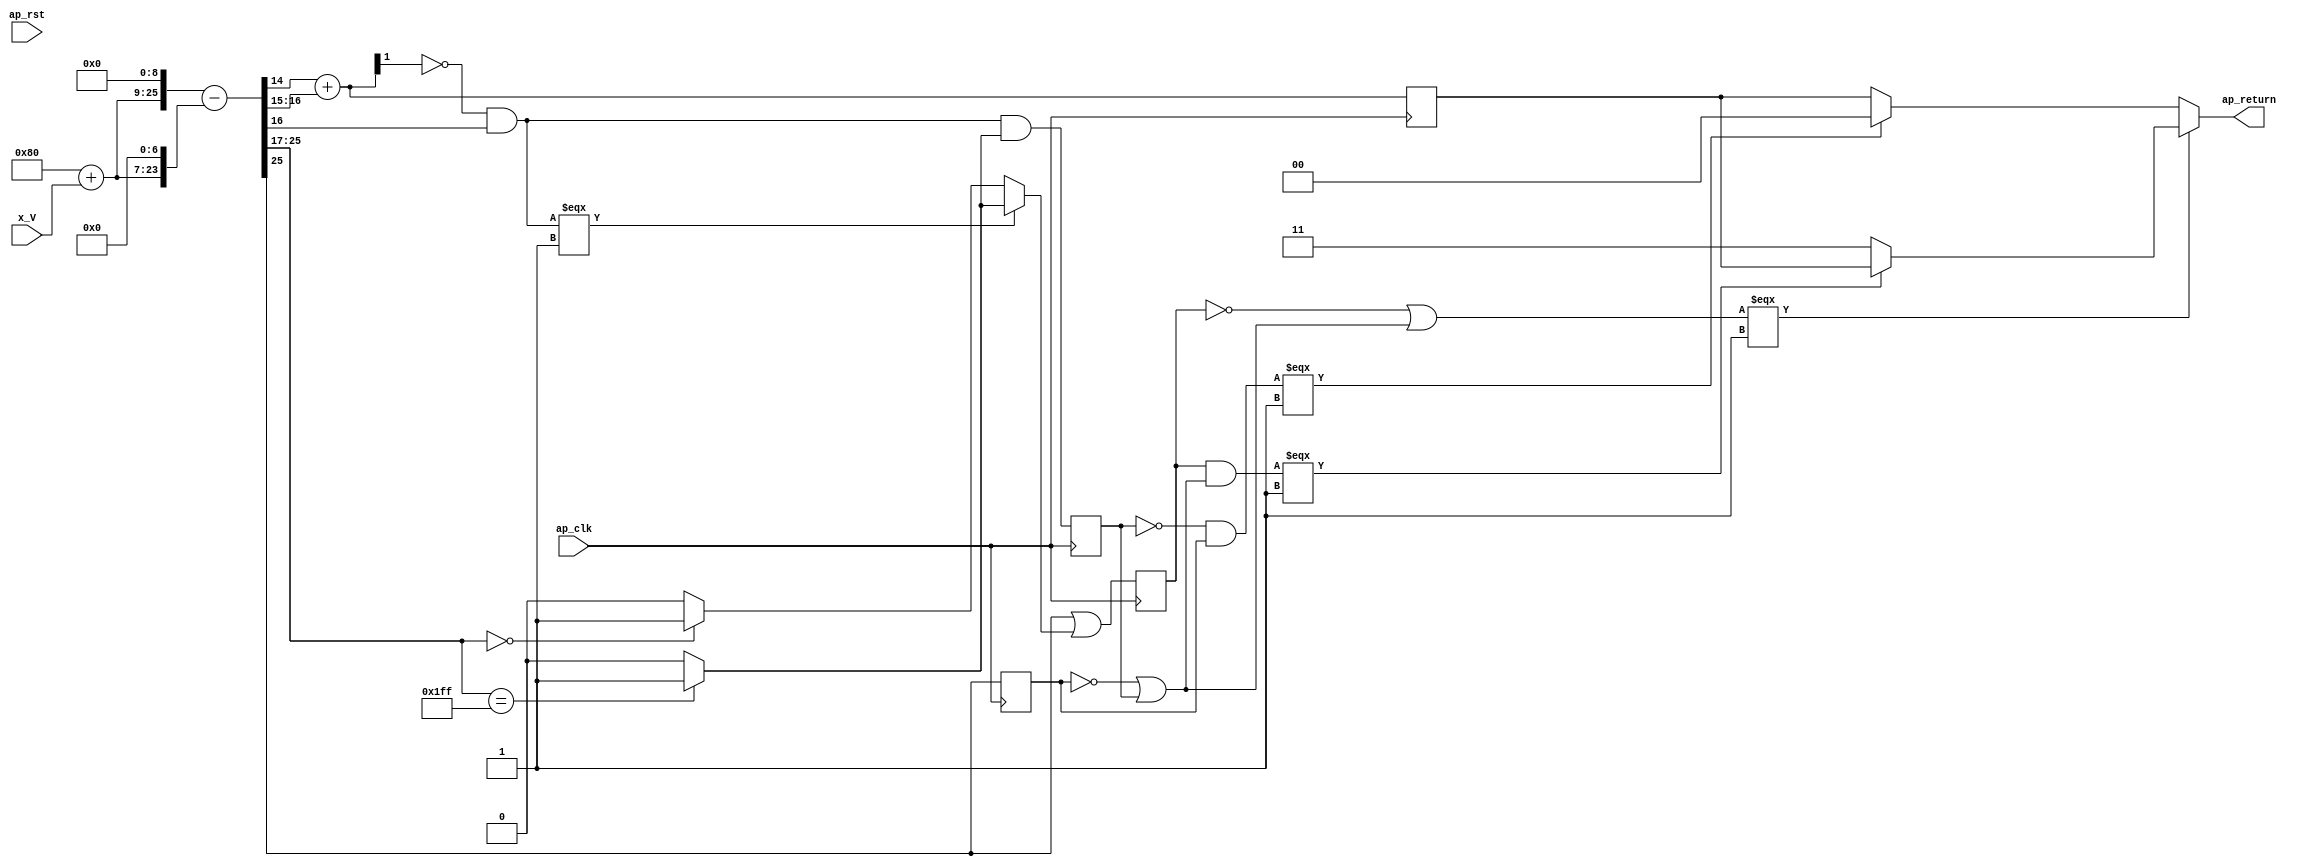
// ==============================================================
// RTL generated by Vivado(TM) HLS - High-Level Synthesis from C, C++ and OpenCL
// Version: 2019.2
// Copyright (C) 1986-2019 Xilinx, Inc. All Rights Reserved.
// 
// ===========================================================

`timescale 1 ns / 1 ps 

module to2bit (
        ap_clk,
        ap_rst,
        x_V,
        ap_return
);


input   ap_clk;
input   ap_rst;
input  [15:0] x_V;
output  [1:0] ap_return;

wire   [0:0] p_Result_s_fu_84_p3;
reg   [0:0] p_Result_s_reg_248;
wire    ap_block_state1_pp0_stage0_iter0;
wire    ap_block_state2_pp0_stage0_iter1;
wire    ap_block_pp0_stage0_11001;
wire   [1:0] temp_V_1_fu_122_p2;
reg   [1:0] temp_V_1_reg_254;
wire   [0:0] and_ln781_fu_178_p2;
reg   [0:0] and_ln781_reg_260;
wire   [0:0] or_ln785_fu_184_p2;
reg   [0:0] or_ln785_reg_266;
wire    ap_block_pp0_stage0;
wire  signed [16:0] sext_ln703_fu_48_p1;
wire   [16:0] ret_V_fu_52_p2;
wire   [23:0] shl_ln1118_1_fu_66_p3;
wire   [25:0] shl_ln_fu_58_p3;
wire  signed [25:0] sext_ln1118_fu_74_p1;
wire   [25:0] r_V_fu_78_p2;
wire   [0:0] tmp_3_fu_110_p3;
wire   [1:0] zext_ln415_fu_118_p1;
wire   [1:0] temp_V_fu_92_p4;
wire   [0:0] tmp_4_fu_128_p3;
wire   [0:0] p_Result_1_fu_102_p3;
wire   [0:0] xor_ln416_fu_136_p2;
wire   [8:0] tmp_fu_148_p4;
wire   [0:0] carry_1_fu_142_p2;
wire   [0:0] Range1_all_ones_fu_158_p2;
wire   [0:0] Range1_all_zeros_fu_164_p2;
wire   [0:0] deleted_zeros_fu_170_p3;
wire   [0:0] xor_ln781_fu_190_p2;
wire   [0:0] xor_ln340_fu_205_p2;
wire   [0:0] or_ln340_1_fu_210_p2;
wire   [0:0] overflow_fu_200_p2;
wire   [0:0] and_ln340_fu_215_p2;
wire   [0:0] neg_src_fu_195_p2;
wire   [0:0] or_ln340_fu_220_p2;
wire   [1:0] select_ln340_fu_226_p3;
wire   [1:0] select_ln396_fu_233_p3;

always @ (posedge ap_clk) begin
    if ((1'b0 == ap_block_pp0_stage0_11001)) begin
        and_ln781_reg_260 <= and_ln781_fu_178_p2;
        or_ln785_reg_266 <= or_ln785_fu_184_p2;
        p_Result_s_reg_248 <= r_V_fu_78_p2[32'd25];
        temp_V_1_reg_254 <= temp_V_1_fu_122_p2;
    end
end

assign Range1_all_ones_fu_158_p2 = ((tmp_fu_148_p4 == 9'd511) ? 1'b1 : 1'b0);

assign Range1_all_zeros_fu_164_p2 = ((tmp_fu_148_p4 == 9'd0) ? 1'b1 : 1'b0);

assign and_ln340_fu_215_p2 = (or_ln785_reg_266 & or_ln340_1_fu_210_p2);

assign and_ln781_fu_178_p2 = (carry_1_fu_142_p2 & Range1_all_ones_fu_158_p2);

assign ap_block_pp0_stage0 = ~(1'b1 == 1'b1);

assign ap_block_pp0_stage0_11001 = ~(1'b1 == 1'b1);

assign ap_block_state1_pp0_stage0_iter0 = ~(1'b1 == 1'b1);

assign ap_block_state2_pp0_stage0_iter1 = ~(1'b1 == 1'b1);

assign ap_return = ((or_ln340_fu_220_p2[0:0] === 1'b1) ? select_ln340_fu_226_p3 : select_ln396_fu_233_p3);

assign carry_1_fu_142_p2 = (xor_ln416_fu_136_p2 & p_Result_1_fu_102_p3);

assign deleted_zeros_fu_170_p3 = ((carry_1_fu_142_p2[0:0] === 1'b1) ? Range1_all_ones_fu_158_p2 : Range1_all_zeros_fu_164_p2);

assign neg_src_fu_195_p2 = (xor_ln781_fu_190_p2 & p_Result_s_reg_248);

assign or_ln340_1_fu_210_p2 = (xor_ln340_fu_205_p2 | and_ln781_reg_260);

assign or_ln340_fu_220_p2 = (overflow_fu_200_p2 | or_ln340_1_fu_210_p2);

assign or_ln785_fu_184_p2 = (p_Result_s_fu_84_p3 | deleted_zeros_fu_170_p3);

assign overflow_fu_200_p2 = (or_ln785_reg_266 ^ 1'd1);

assign p_Result_1_fu_102_p3 = r_V_fu_78_p2[32'd16];

assign p_Result_s_fu_84_p3 = r_V_fu_78_p2[32'd25];

assign r_V_fu_78_p2 = ($signed(shl_ln_fu_58_p3) - $signed(sext_ln1118_fu_74_p1));

assign ret_V_fu_52_p2 = ($signed(17'd128) + $signed(sext_ln703_fu_48_p1));

assign select_ln340_fu_226_p3 = ((and_ln340_fu_215_p2[0:0] === 1'b1) ? temp_V_1_reg_254 : 2'd3);

assign select_ln396_fu_233_p3 = ((neg_src_fu_195_p2[0:0] === 1'b1) ? 2'd0 : temp_V_1_reg_254);

assign sext_ln1118_fu_74_p1 = $signed(shl_ln1118_1_fu_66_p3);

assign sext_ln703_fu_48_p1 = $signed(x_V);

assign shl_ln1118_1_fu_66_p3 = {{ret_V_fu_52_p2}, {7'd0}};

assign shl_ln_fu_58_p3 = {{ret_V_fu_52_p2}, {9'd0}};

assign temp_V_1_fu_122_p2 = (zext_ln415_fu_118_p1 + temp_V_fu_92_p4);

assign temp_V_fu_92_p4 = {{r_V_fu_78_p2[16:15]}};

assign tmp_3_fu_110_p3 = r_V_fu_78_p2[32'd14];

assign tmp_4_fu_128_p3 = temp_V_1_fu_122_p2[32'd1];

assign tmp_fu_148_p4 = {{r_V_fu_78_p2[25:17]}};

assign xor_ln340_fu_205_p2 = (p_Result_s_reg_248 ^ 1'd1);

assign xor_ln416_fu_136_p2 = (tmp_4_fu_128_p3 ^ 1'd1);

assign xor_ln781_fu_190_p2 = (1'd1 ^ and_ln781_reg_260);

assign zext_ln415_fu_118_p1 = tmp_3_fu_110_p3;

endmodule //to2bit